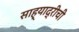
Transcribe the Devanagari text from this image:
साह्याद्रीची